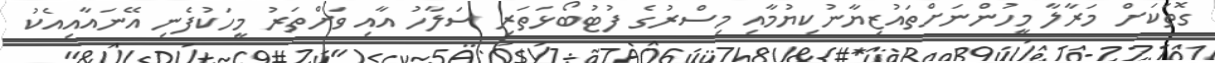
ގޮތަކަށް މަރާލާ މީހުންނަށްތައުޒިޔާނުކިޔުމާއި މިސްރުގެ ފުޓުބޯޅަތަރި ސަލާހު އާއި ވަށްތަރު މީހަކުފެނި އޭނައާއިއެކު